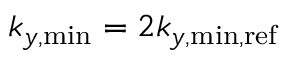
k _ { y , \mathrm { m i n } } = 2 k _ { y , \mathrm { m i n , r e f } }